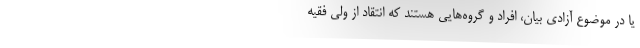
یا در موضوع آزادی بیان، افراد و گروه‌هایی هستند که انتقاد از ولی فقیه